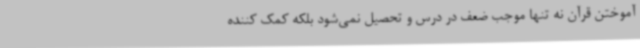
آموختن قرآن نه تنها موجب ضعف در درس و تحصیل نمی‌شود بلکه کمک کننده